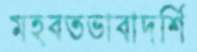
মহবতভাবাদর্শি